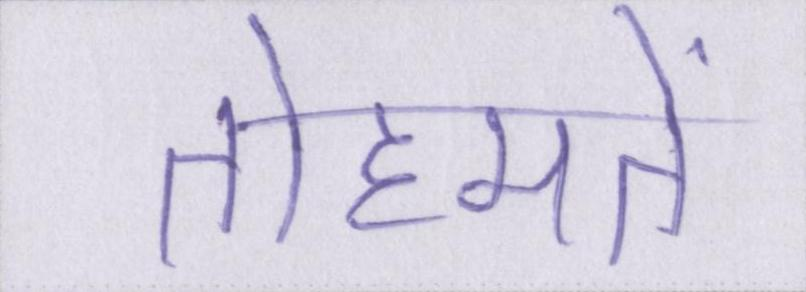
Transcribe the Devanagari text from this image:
तोहमतें